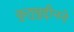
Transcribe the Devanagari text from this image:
कुतुबुद्दीनने